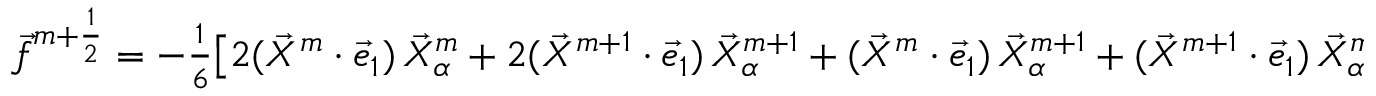
\begin{array} { r } { \vec { f } ^ { m + \frac { 1 } { 2 } } = - \frac { 1 } { 6 } \bigl [ 2 ( \vec { X } ^ { m } \cdot \vec { e } _ { 1 } ) \, \vec { X } _ { \alpha } ^ { m } + 2 ( \vec { X } ^ { m + 1 } \cdot \vec { e } _ { 1 } ) \, \vec { X } _ { \alpha } ^ { m + 1 } + ( \vec { X } ^ { m } \cdot \vec { e } _ { 1 } ) \, \vec { X } _ { \alpha } ^ { m + 1 } + ( \vec { X } ^ { m + 1 } \cdot \vec { e } _ { 1 } ) \, \vec { X } _ { \alpha } ^ { m } \bigr ] ^ { \perp } . } \end{array}